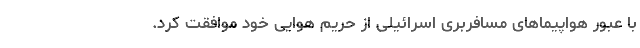
با عبور هواپیماهای مسافربری اسرائیلی از حریم هوایی خود موافقت کرد.